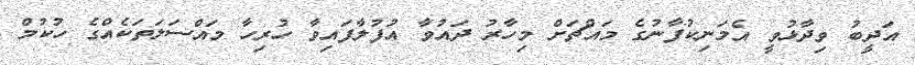
އަދީބު ވިދާޅުވީ އެމަނިކުފާނުގެ މައްޗަށް މިހާރު ދައުވާ އުފުލާފައިވާ ހުރިހާ މައްސަލަތަކެއްގެ ހުކުމް